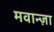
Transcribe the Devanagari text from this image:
मवान्ज़ा